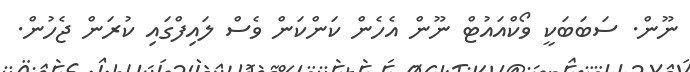
ނޫން. ސަބަބަކީ ވޯކްއައުޓް ނޫން އެހެން ކަންކަން ވެސް ލައިފްގައި ކުރަން ޖެހުން.